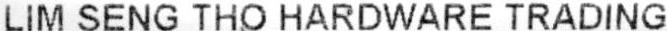
LIM SENG THO HARDWARE TRADING